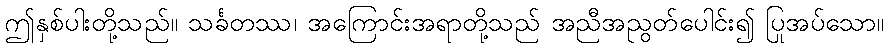
ဤနှစ်ပါးတို့သည်။ သင်္ခတဿ၊ အကြောင်းအရာတို့သည် အညီအညွတ်ပေါင်း၍ ပြုအပ်သော။